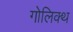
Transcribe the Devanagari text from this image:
गोलिक्थ